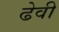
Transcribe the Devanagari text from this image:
ढेवी